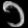
Digit: ၁